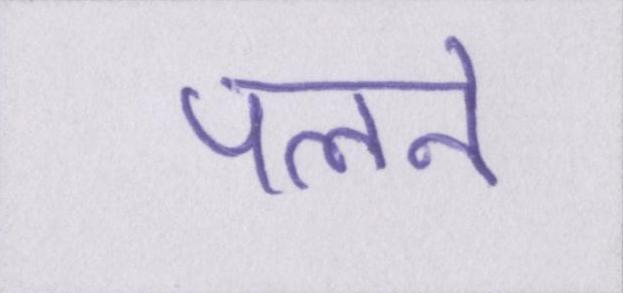
पलने